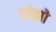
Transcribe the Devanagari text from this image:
मोझो